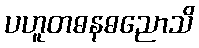
ပဟူတဓနဓညောသိ